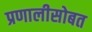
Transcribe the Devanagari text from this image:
प्रणालीसोबत